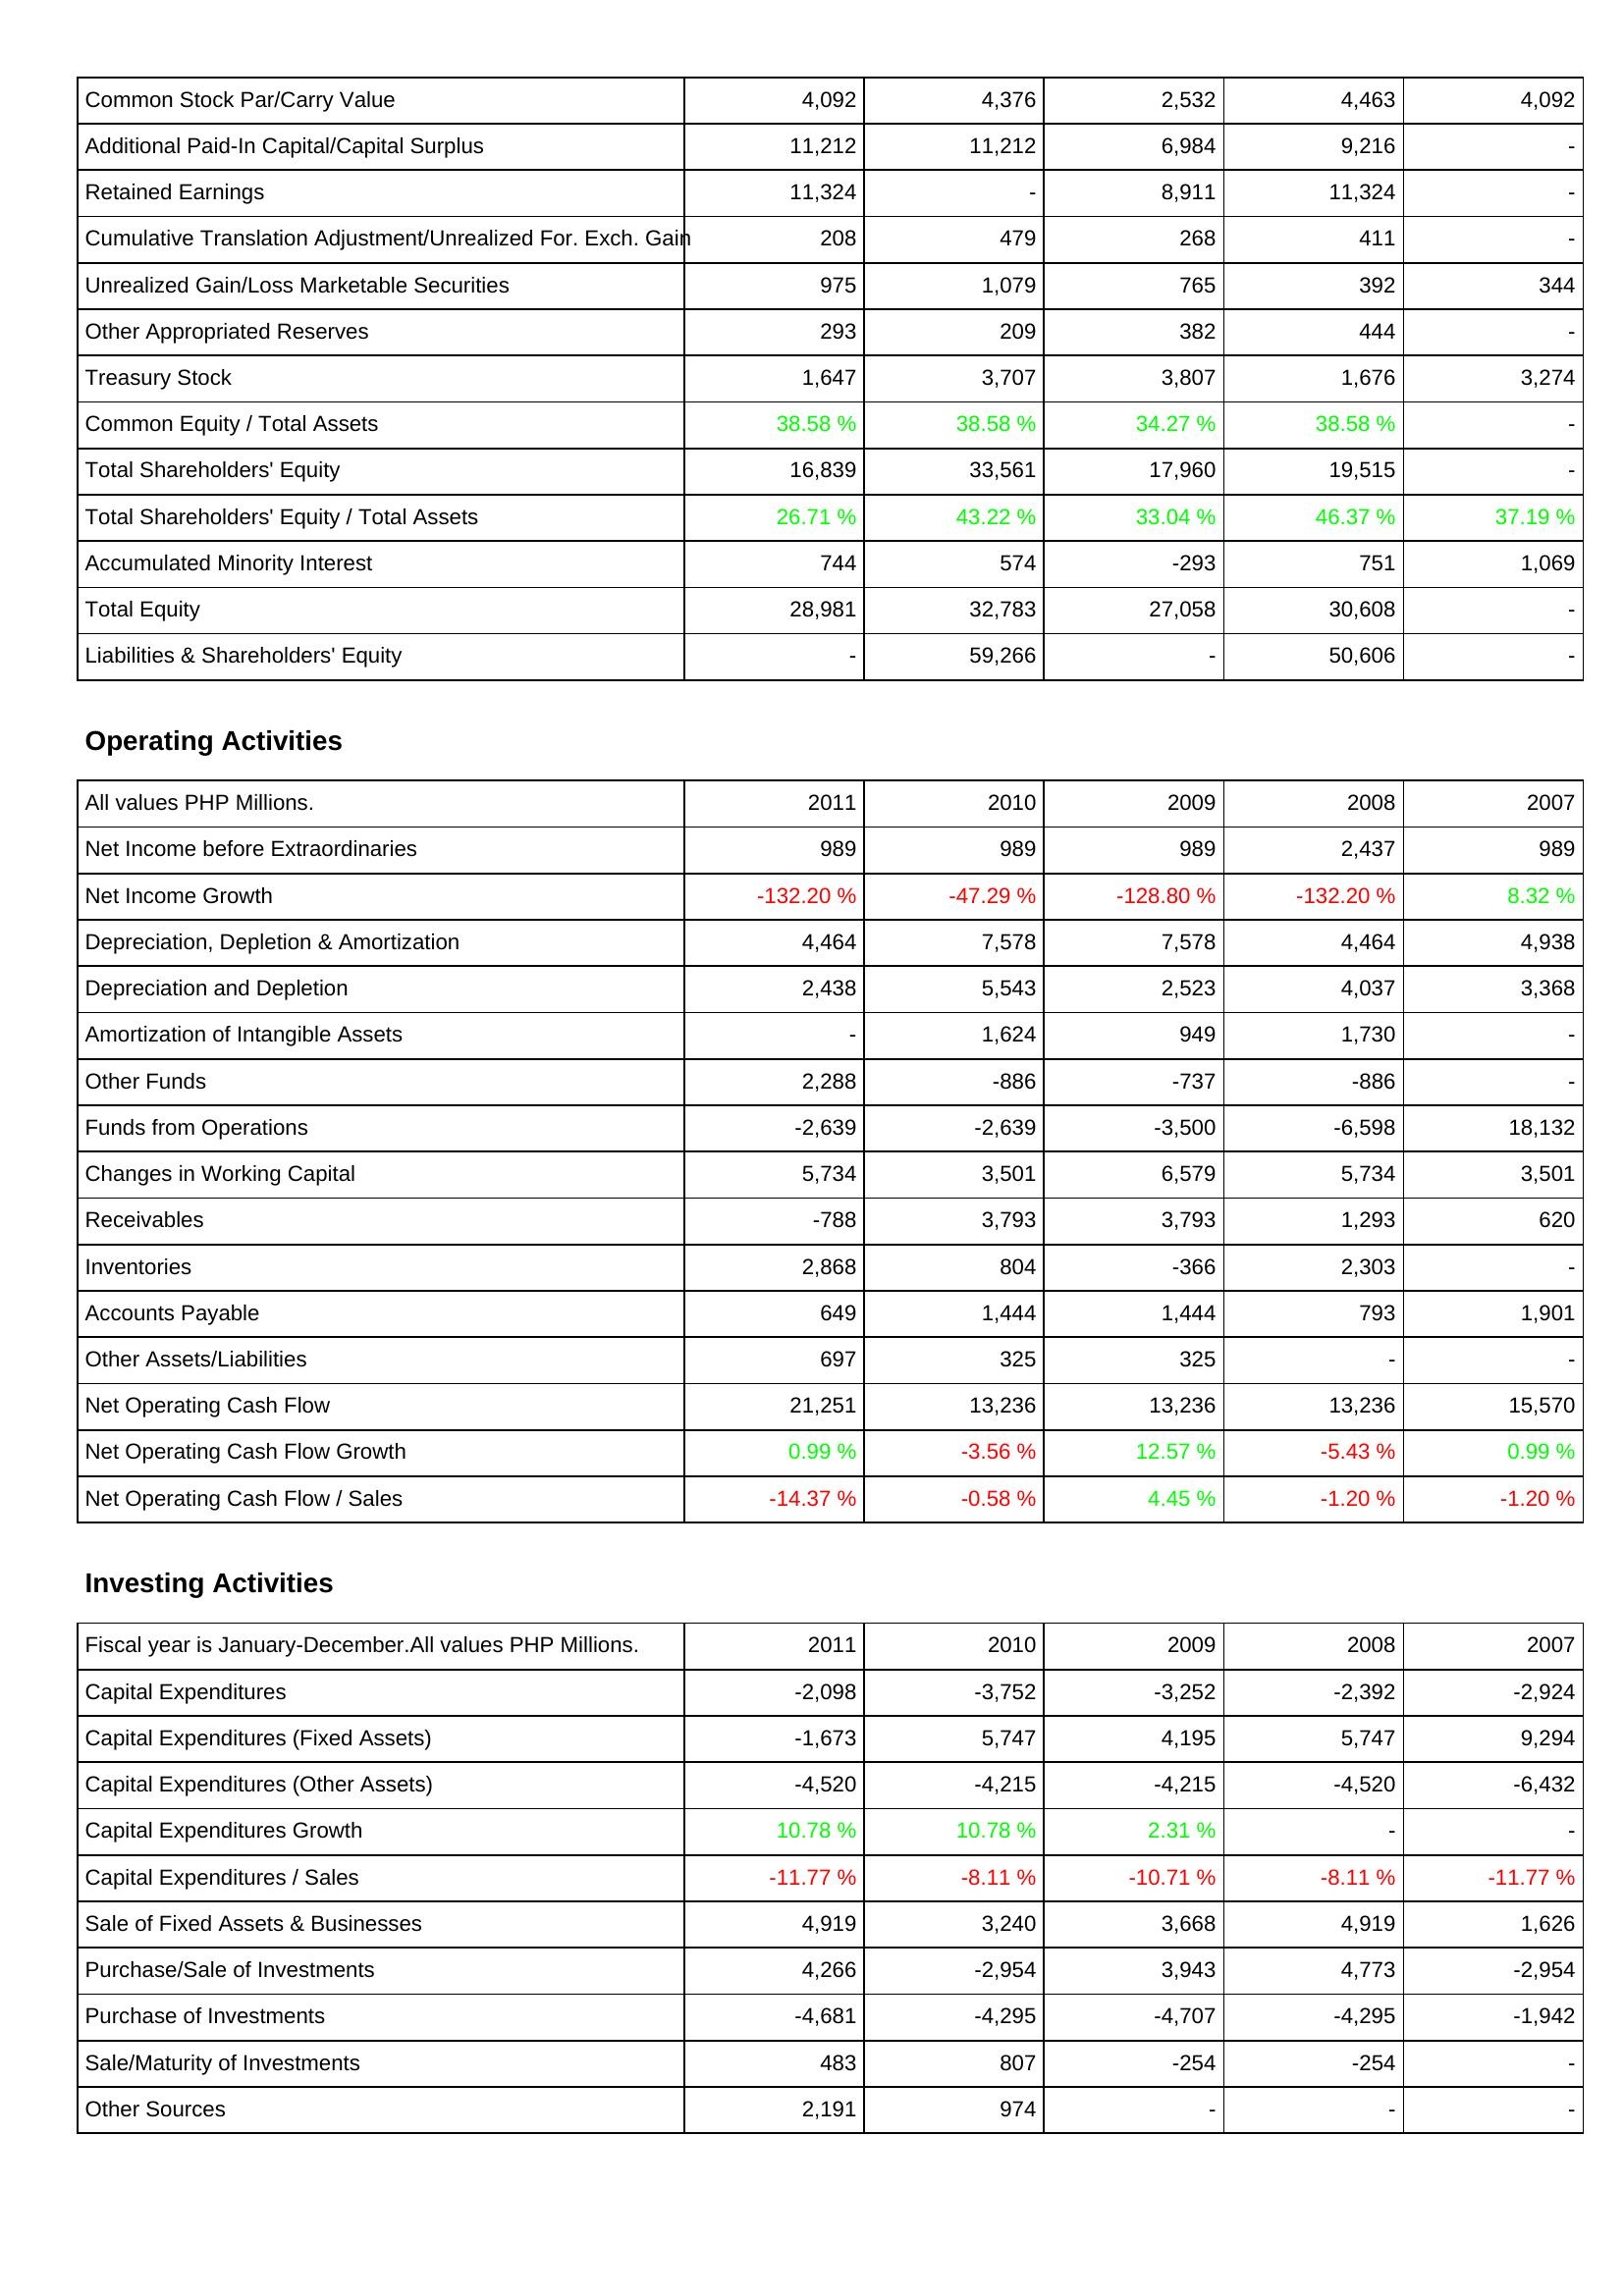
2011: Liabilities & Shareholders' Equity: Common Stock Par/Carry Value: 4,092
Additional Paid-In Capital/Capital Surplus: 11,212
Retained Earnings: 11,324
Cumulative Translation Adjustment/Unrealized For. Exch. Gain: 208
Unrealized Gain/Loss Marketable Securities: 975
Other Appropriated Reserves: 293
Treasury Stock: 1,647
Common Equity / Total Assets: 38.58 %
Total Shareholders' Equity: 16,839
Total Shareholders' Equity / Total Assets: 26.71 %
Accumulated Minority Interest: 744
Total Equity: 28,981
Liabilities & Shareholders' Equity: -
Operating Activities: Net Income before Extraordinaries: 989
Net Income Growth: -132.20 %
Depreciation, Depletion & Amortization: 4,464
Depreciation and Depletion: 2,438
Amortization of Intangible Assets: -
Other Funds: 2,288
Funds from Operations: -2,639
Changes in Working Capital: 5,734
Receivables: -788
Inventories: 2,868
Accounts Payable: 649
Other Assets/Liabilities: 697
Net Operating Cash Flow: 21,251
Net Operating Cash Flow Growth: 0.99 %
Net Operating Cash Flow / Sales: -14.37 %
Investing Activities: Capital Expenditures: -2,098
Capital Expenditures (Fixed Assets): -1,673
Capital Expenditures (Other Assets): -4,520
Capital Expenditures Growth: 10.78 %
Capital Expenditures / Sales: -11.77 %
Sale of Fixed Assets & Businesses: 4,919
Purchase/Sale of Investments: 4,266
Purchase of Investments: -4,681
Sale/Maturity of Investments: 483
Other Sources: 2,191
2010: Liabilities & Shareholders' Equity: Common Stock Par/Carry Value: 4,376
Additional Paid-In Capital/Capital Surplus: 11,212
Retained Earnings: -
Cumulative Translation Adjustment/Unrealized For. Exch. Gain: 479
Unrealized Gain/Loss Marketable Securities: 1,079
Other Appropriated Reserves: 209
Treasury Stock: 3,707
Common Equity / Total Assets: 38.58 %
Total Shareholders' Equity: 33,561
Total Shareholders' Equity / Total Assets: 43.22 %
Accumulated Minority Interest: 574
Total Equity: 32,783
Liabilities & Shareholders' Equity: 59,266
Operating Activities: Net Income before Extraordinaries: 989
Net Income Growth: -47.29 %
Depreciation, Depletion & Amortization: 7,578
Depreciation and Depletion: 5,543
Amortization of Intangible Assets: 1,624
Other Funds: -886
Funds from Operations: -2,639
Changes in Working Capital: 3,501
Receivables: 3,793
Inventories: 804
Accounts Payable: 1,444
Other Assets/Liabilities: 325
Net Operating Cash Flow: 13,236
Net Operating Cash Flow Growth: -3.56 %
Net Operating Cash Flow / Sales: -0.58 %
Investing Activities: Capital Expenditures: -3,752
Capital Expenditures (Fixed Assets): 5,747
Capital Expenditures (Other Assets): -4,215
Capital Expenditures Growth: 10.78 %
Capital Expenditures / Sales: -8.11 %
Sale of Fixed Assets & Businesses: 3,240
Purchase/Sale of Investments: -2,954
Purchase of Investments: -4,295
Sale/Maturity of Investments: 807
Other Sources: 974
2009: Liabilities & Shareholders' Equity: Common Stock Par/Carry Value: 2,532
Additional Paid-In Capital/Capital Surplus: 6,984
Retained Earnings: 8,911
Cumulative Translation Adjustment/Unrealized For. Exch. Gain: 268
Unrealized Gain/Loss Marketable Securities: 765
Other Appropriated Reserves: 382
Treasury Stock: 3,807
Common Equity / Total Assets: 34.27 %
Total Shareholders' Equity: 17,960
Total Shareholders' Equity / Total Assets: 33.04 %
Accumulated Minority Interest: -293
Total Equity: 27,058
Liabilities & Shareholders' Equity: -
Operating Activities: Net Income before Extraordinaries: 989
Net Income Growth: -128.80 %
Depreciation, Depletion & Amortization: 7,578
Depreciation and Depletion: 2,523
Amortization of Intangible Assets: 949
Other Funds: -737
Funds from Operations: -3,500
Changes in Working Capital: 6,579
Receivables: 3,793
Inventories: -366
Accounts Payable: 1,444
Other Assets/Liabilities: 325
Net Operating Cash Flow: 13,236
Net Operating Cash Flow Growth: 12.57 %
Net Operating Cash Flow / Sales: 4.45 %
Investing Activities: Capital Expenditures: -3,252
Capital Expenditures (Fixed Assets): 4,195
Capital Expenditures (Other Assets): -4,215
Capital Expenditures Growth: 2.31 %
Capital Expenditures / Sales: -10.71 %
Sale of Fixed Assets & Businesses: 3,668
Purchase/Sale of Investments: 3,943
Purchase of Investments: -4,707
Sale/Maturity of Investments: -254
Other Sources: -
2008: Liabilities & Shareholders' Equity: Common Stock Par/Carry Value: 4,463
Additional Paid-In Capital/Capital Surplus: 9,216
Retained Earnings: 11,324
Cumulative Translation Adjustment/Unrealized For. Exch. Gain: 411
Unrealized Gain/Loss Marketable Securities: 392
Other Appropriated Reserves: 444
Treasury Stock: 1,676
Common Equity / Total Assets: 38.58 %
Total Shareholders' Equity: 19,515
Total Shareholders' Equity / Total Assets: 46.37 %
Accumulated Minority Interest: 751
Total Equity: 30,608
Liabilities & Shareholders' Equity: 50,606
Operating Activities: Net Income before Extraordinaries: 2,437
Net Income Growth: -132.20 %
Depreciation, Depletion & Amortization: 4,464
Depreciation and Depletion: 4,037
Amortization of Intangible Assets: 1,730
Other Funds: -886
Funds from Operations: -6,598
Changes in Working Capital: 5,734
Receivables: 1,293
Inventories: 2,303
Accounts Payable: 793
Other Assets/Liabilities: -
Net Operating Cash Flow: 13,236
Net Operating Cash Flow Growth: -5.43 %
Net Operating Cash Flow / Sales: -1.20 %
Investing Activities: Capital Expenditures: -2,392
Capital Expenditures (Fixed Assets): 5,747
Capital Expenditures (Other Assets): -4,520
Capital Expenditures Growth: -
Capital Expenditures / Sales: -8.11 %
Sale of Fixed Assets & Businesses: 4,919
Purchase/Sale of Investments: 4,773
Purchase of Investments: -4,295
Sale/Maturity of Investments: -254
Other Sources: -
2007: Liabilities & Shareholders' Equity: Common Stock Par/Carry Value: 4,092
Additional Paid-In Capital/Capital Surplus: -
Retained Earnings: -
Cumulative Translation Adjustment/Unrealized For. Exch. Gain: -
Unrealized Gain/Loss Marketable Securities: 344
Other Appropriated Reserves: -
Treasury Stock: 3,274
Common Equity / Total Assets: -
Total Shareholders' Equity: -
Total Shareholders' Equity / Total Assets: 37.19 %
Accumulated Minority Interest: 1,069
Total Equity: -
Liabilities & Shareholders' Equity: -
Operating Activities: Net Income before Extraordinaries: 989
Net Income Growth: 8.32 %
Depreciation, Depletion & Amortization: 4,938
Depreciation and Depletion: 3,368
Amortization of Intangible Assets: -
Other Funds: -
Funds from Operations: 18,132
Changes in Working Capital: 3,501
Receivables: 620
Inventories: -
Accounts Payable: 1,901
Other Assets/Liabilities: -
Net Operating Cash Flow: 15,570
Net Operating Cash Flow Growth: 0.99 %
Net Operating Cash Flow / Sales: -1.20 %
Investing Activities: Capital Expenditures: -2,924
Capital Expenditures (Fixed Assets): 9,294
Capital Expenditures (Other Assets): -6,432
Capital Expenditures Growth: -
Capital Expenditures / Sales: -11.77 %
Sale of Fixed Assets & Businesses: 1,626
Purchase/Sale of Investments: -2,954
Purchase of Investments: -1,942
Sale/Maturity of Investments: -
Other Sources: -